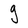
Character: g